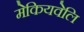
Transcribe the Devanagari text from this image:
मेकियवेलि